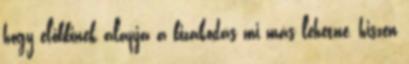
hogy előbbinek alapja a bizakodás mi más lehetne, hiszen